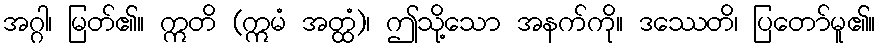
အဂ္ဂါ၊ မြတ်၏။ ဣတိ (ဣမံ အတ္ထံ)၊ ဤသို့သော အနက်ကို။ ဒဿေတိ၊ ပြတော်မူ၏။